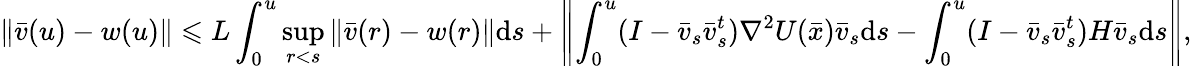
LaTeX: \| \bar{v}(u)-w(u)\| \leqslant L\int_{0}^{u}\operatorname*{sup}_{r<s}\| \bar{v}(r)-w(r)\| \mathrm{d}s+\left\| \int_{0}^{u}(I-\bar{v}_{s}\bar{v}_{s}^{t})\nabla^{2}U(\bar{x})\bar{v}_{s}\mathrm{d}s-\int_{0}^{u}(I-\bar{v}_{s}\bar{v}_{s}^{t})H\bar{v}_{s}\mathrm{d}s\right\| ,